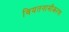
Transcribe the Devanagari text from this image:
वियतनामीकरण